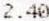
2.40